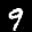
Label: 9